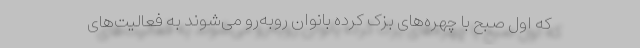
که اول صبح با چهره‌های بزک کرده بانوان روبه‌رو می‌شوند به فعالیت‌های